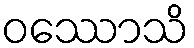
ဝဿောသိ